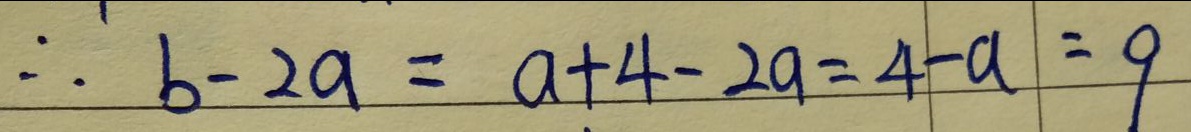
\therefore b - 2 a = a + 4 - 2 a = 4 - a = 9